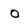
Character: o